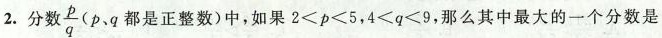
2.分数\frac{p}{q}(p、p都是正整数)中，如果$$2<p<5$$，$$4<q<9$$.那么其中最大的一个分数是